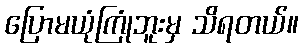
ပြောမယုံကြုံဘူးမှ သိရတယ်။